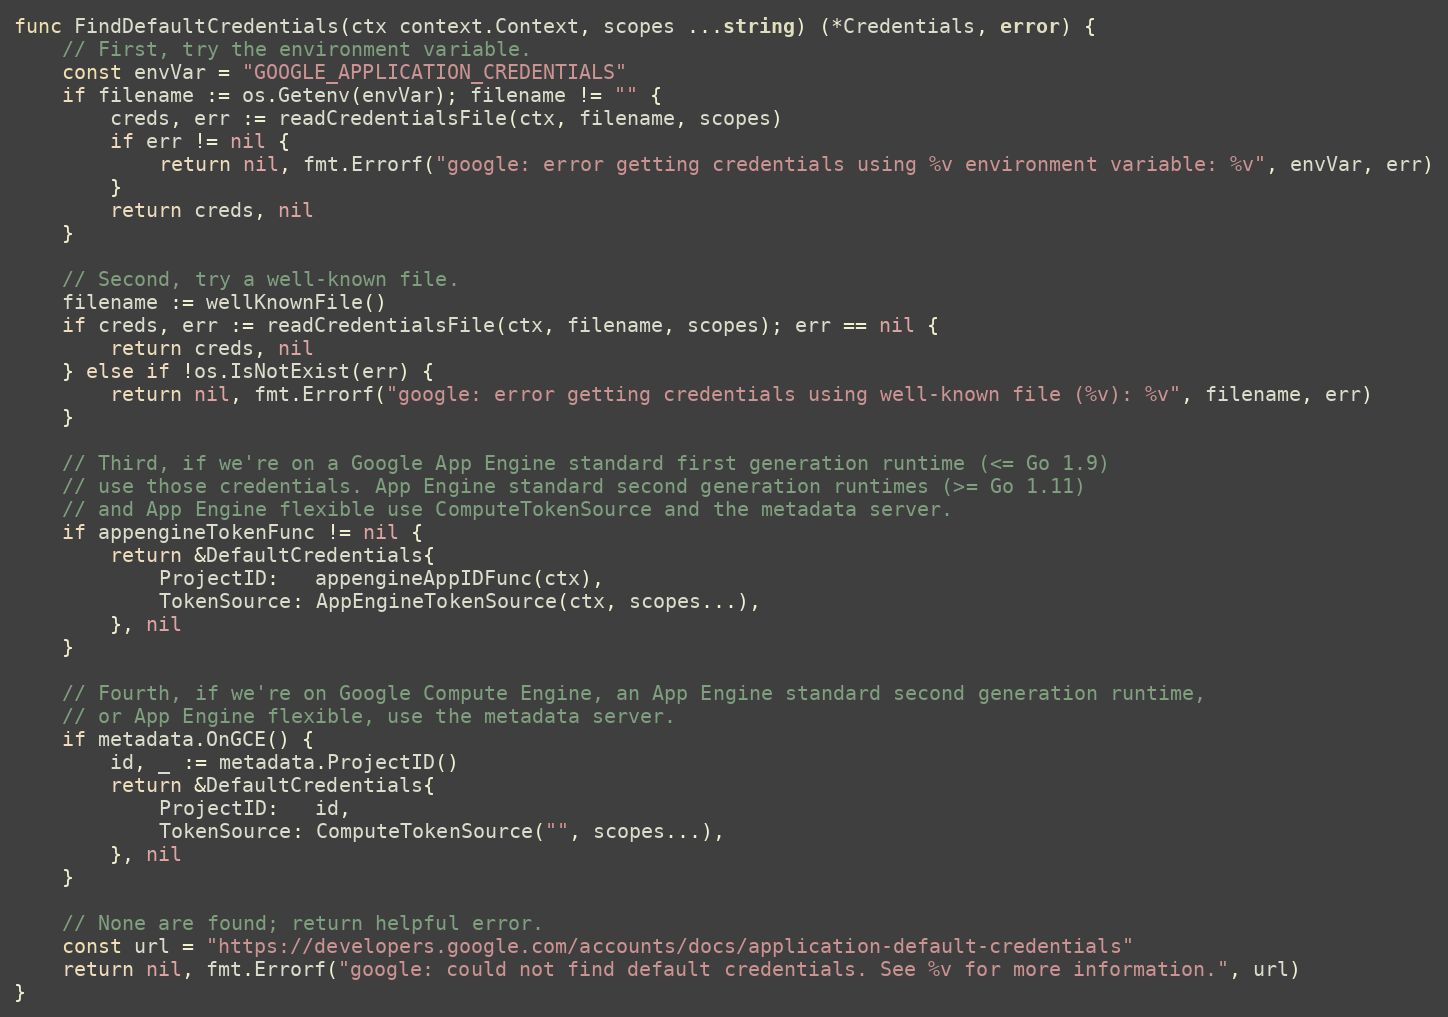
Language: Go
func FindDefaultCredentials(ctx context.Context, scopes ...string) (*Credentials, error) {
	// First, try the environment variable.
	const envVar = "GOOGLE_APPLICATION_CREDENTIALS"
	if filename := os.Getenv(envVar); filename != "" {
		creds, err := readCredentialsFile(ctx, filename, scopes)
		if err != nil {
			return nil, fmt.Errorf("google: error getting credentials using %v environment variable: %v", envVar, err)
		}
		return creds, nil
	}

	// Second, try a well-known file.
	filename := wellKnownFile()
	if creds, err := readCredentialsFile(ctx, filename, scopes); err == nil {
		return creds, nil
	} else if !os.IsNotExist(err) {
		return nil, fmt.Errorf("google: error getting credentials using well-known file (%v): %v", filename, err)
	}

	// Third, if we're on a Google App Engine standard first generation runtime (<= Go 1.9)
	// use those credentials. App Engine standard second generation runtimes (>= Go 1.11)
	// and App Engine flexible use ComputeTokenSource and the metadata server.
	if appengineTokenFunc != nil {
		return &DefaultCredentials{
			ProjectID:   appengineAppIDFunc(ctx),
			TokenSource: AppEngineTokenSource(ctx, scopes...),
		}, nil
	}

	// Fourth, if we're on Google Compute Engine, an App Engine standard second generation runtime,
	// or App Engine flexible, use the metadata server.
	if metadata.OnGCE() {
		id, _ := metadata.ProjectID()
		return &DefaultCredentials{
			ProjectID:   id,
			TokenSource: ComputeTokenSource("", scopes...),
		}, nil
	}

	// None are found; return helpful error.
	const url = "https://developers.google.com/accounts/docs/application-default-credentials"
	return nil, fmt.Errorf("google: could not find default credentials. See %v for more information.", url)
}